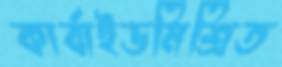
কার্বাইডমিশ্রিত